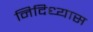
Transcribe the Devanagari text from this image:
निदिध्यास